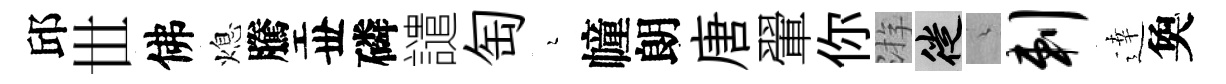
邱𠀍佛熄騰丗磷譴匋瑟幢朗唐翬你㳺徙綿剌逹奐